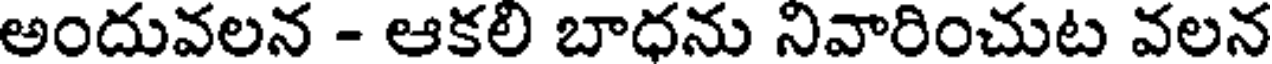
అందువలన - ఆకలి బాధను నివారించుట వలన